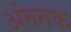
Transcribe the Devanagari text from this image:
अंततक